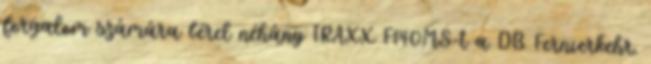
forgalom számára bérel néhány TRAXX F140MS-t a DB Fernverkehr.